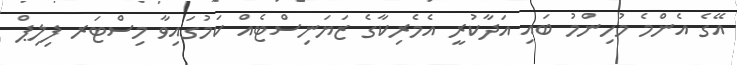
އޭގެ އެންމެ މުހިންމު ބައި އަދާކުރީ އެމެރިކާގެ ޒަޔަނިސްޓެއް ކަމުގައިވާ މިސްޓަރ ފިލިޕް